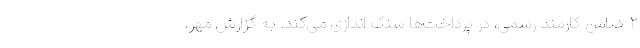
۲ ضامن کارمند رسمی، در پرداخت‌ها سنگ اندازی می‌کند. به گزارش مهر،